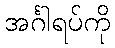
အင်္ဂါရပ်ကို